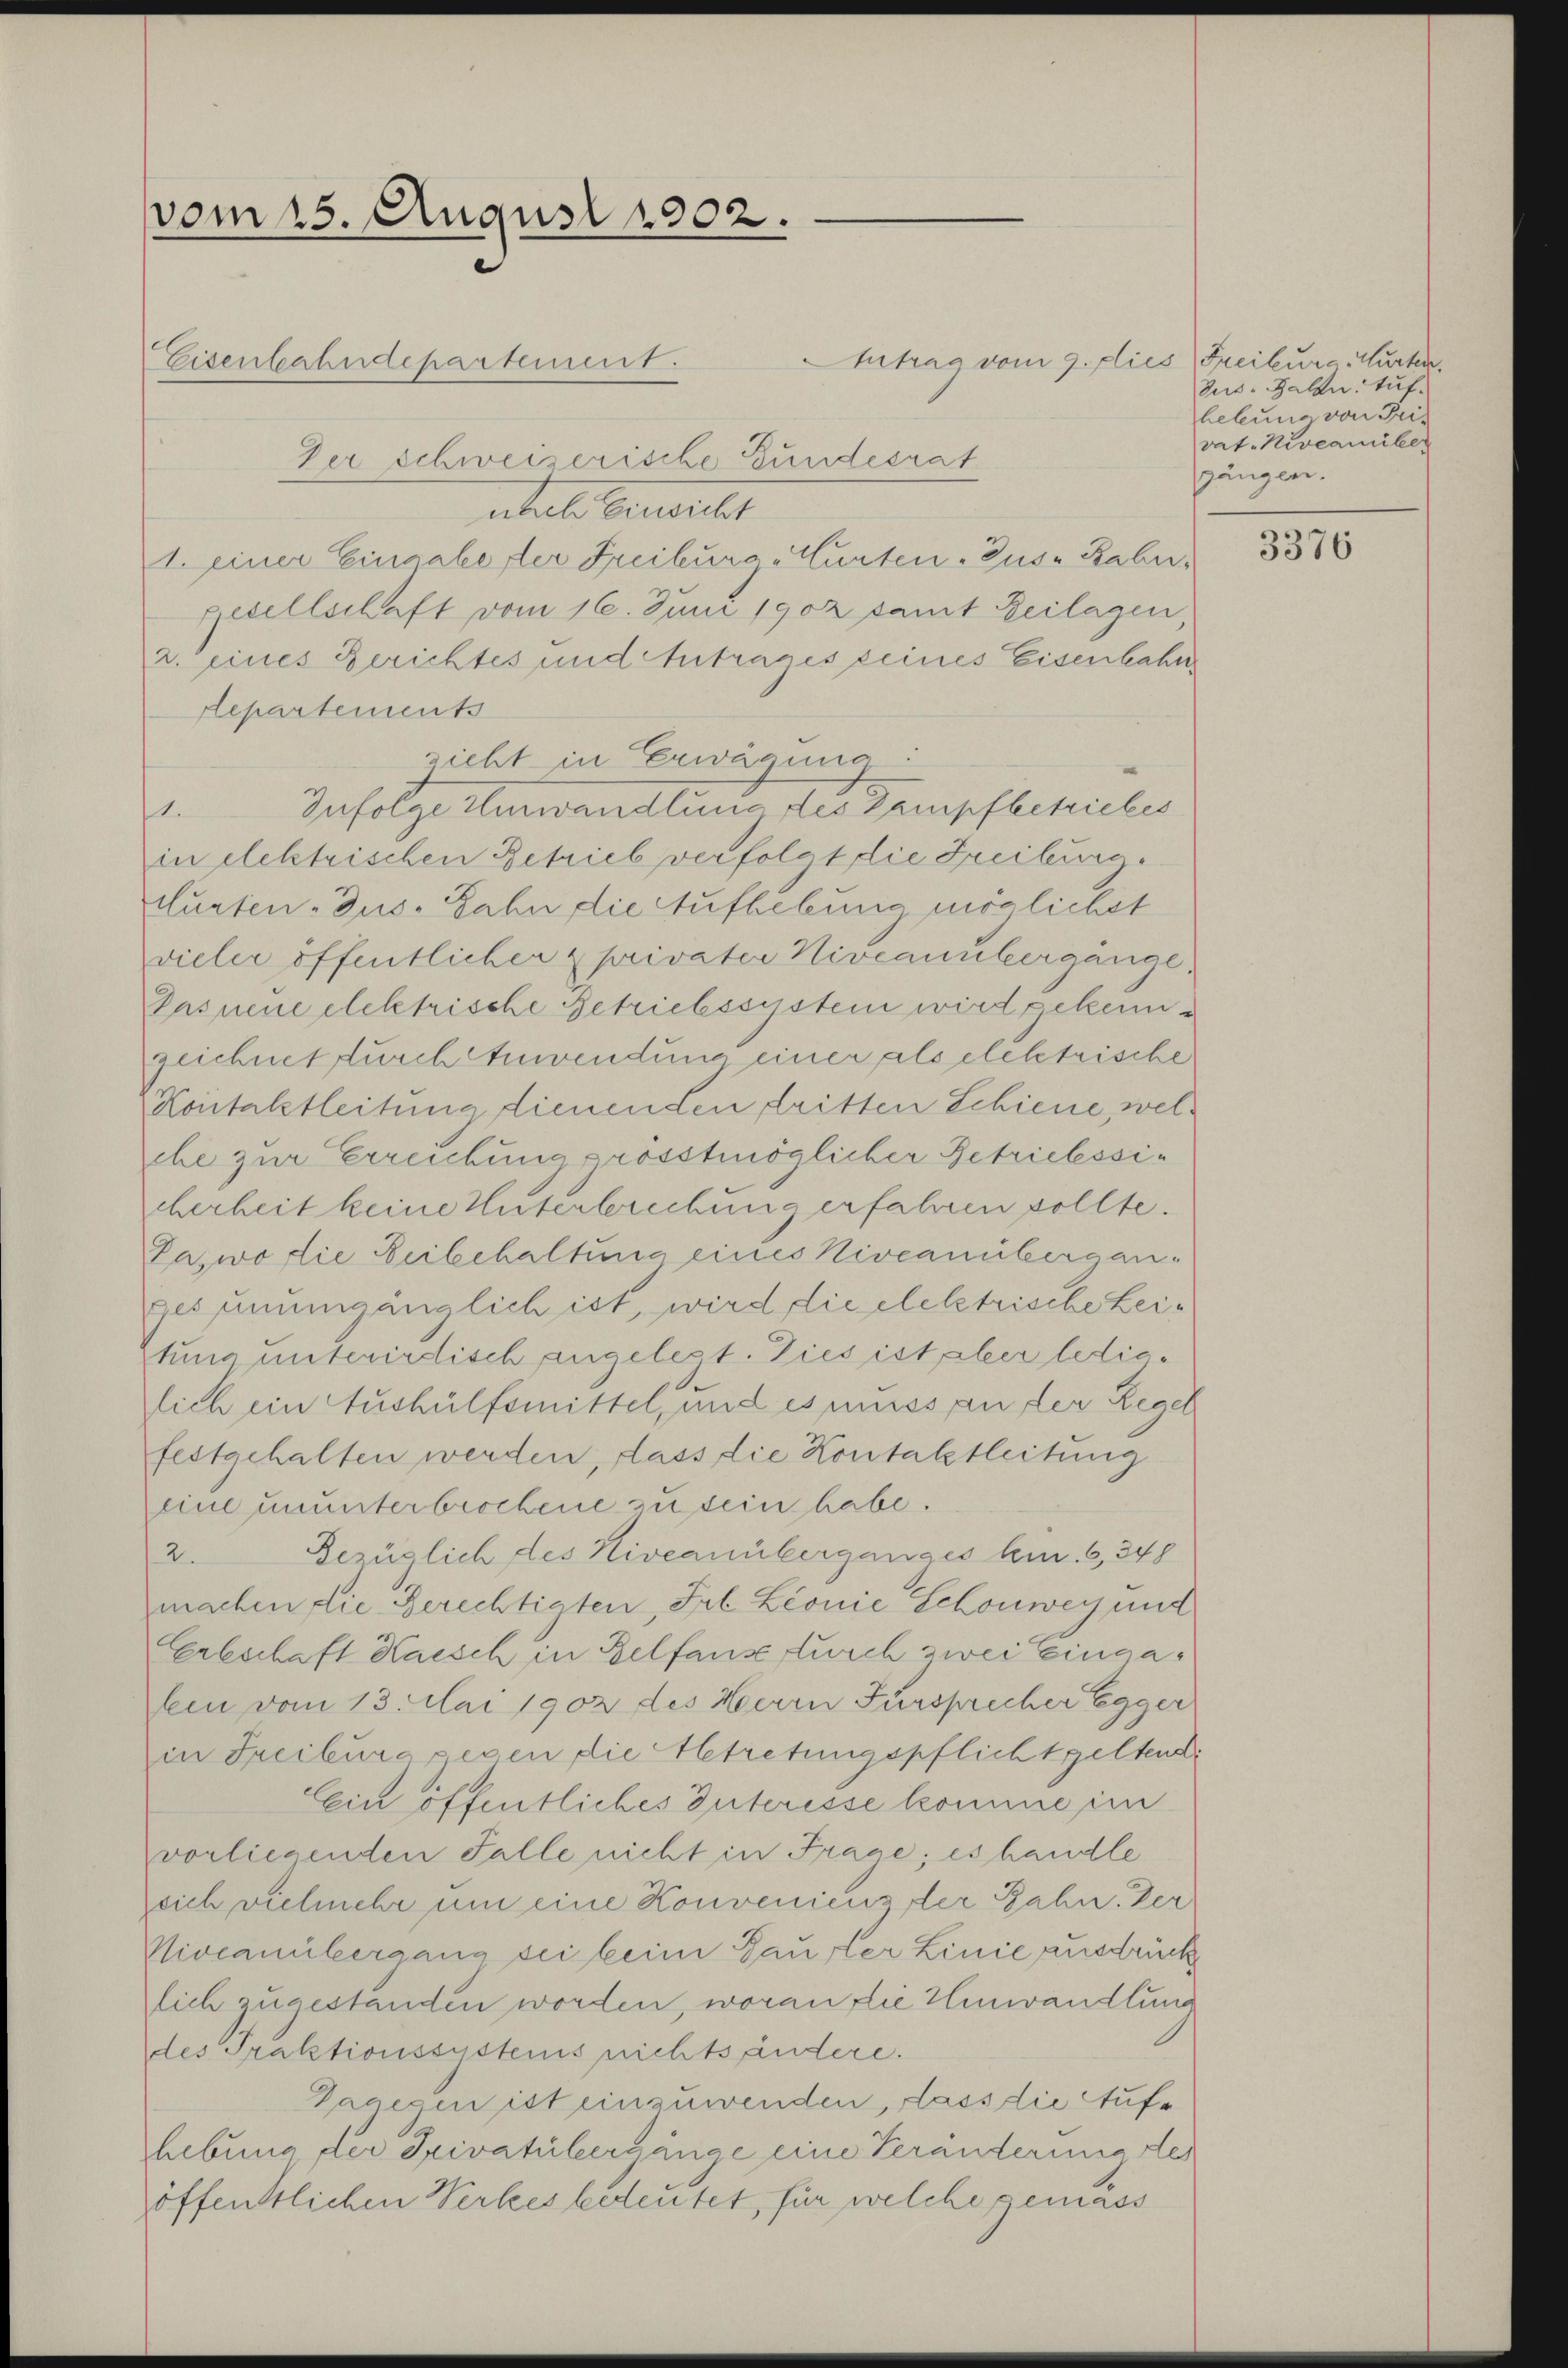
ntale Gertritt
1. einer Eingabe der Freiburg Hurten. Sus. Fabrigesellschaft vom 16. Juni 1902 damit Beilagen,
z. eines Berichtes und Antrages seines Eisenbahn,
Repartements
zieht in Erwägung.
Infolge Umwandlung des Dampfbetriebes
1.
in elektrischen Betrieb verfolgt die Freiburg.
curten-Zus. Jahn die Aufhebung möglichst
vieler öffentlicher privater Niveaunbergange
Pasnene elektrische Getriebssystem wird gekannzeichnet durch Anwendung einer als elektrische
Kontakstleitung dienenden dritten Schiene, wel
ehe zur Erreichung grösstmöglicher Betrielessicherheit keine Unterbrechung erfahren sollte.
Pazwo die Beibehaltung eines Niveamberganges unumgänglich ist, wird die elelstrische Lei¬
Etung unterirdisch angelest. Dies ist aber lediglich ein Aushülfsmittel, und es muss an der Rege
festgehalten werden, dass die Kontaktleitung
eine ununterbrochene zu sein habe.
2.
Bezüglich des Niveanüberganges bin. 6, 348
machen die Berechtigten, Frl. Leonie Schönweg und
Erbschaft Haisch in Belfause furch zwei Eingalein vom 13. Mai 1902 des Herrn Fürsprecher Egger
in Freiburg gegen die Abtretungspflichtgelten
Eein öffentliches Interisse komme im
vorliegenden Falle nicht in Frage; es handle
sich vielmehr um eine Konvenienz der Bahn. Der
Niveanübergang sei beim Gausler Linie ausdrück
zlich zugestanden worden, woran die Umwandlung
des Praktionssustens nichts ändere.
Paaecen ist einzuwenden, dass die Aufhebung der Privatübergänge eine Veränderung des
öffentlichen Werkes bedeutet, für welche gemass

vom 25. August 1902.
Eisenbahndepartement.
Der schweizerische Bundesrat

Antrag vom 9. Flies Freiburg Murten.

Sus. Galle tuf-
lebung von Tri-
vat Niveamiker
gängen.

.
¬

3376